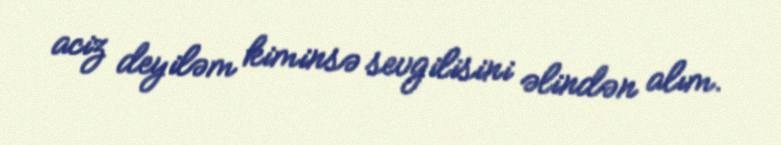
aciz deyiləm kiminsə sevgilisini əlindən alım.